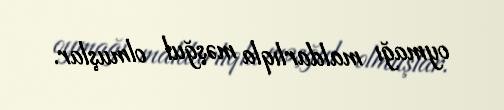
oymağı maldarlıqla məşğul olmuşlar.